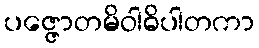
ပဇ္ဇောတမိဝါဓိပါတကာ